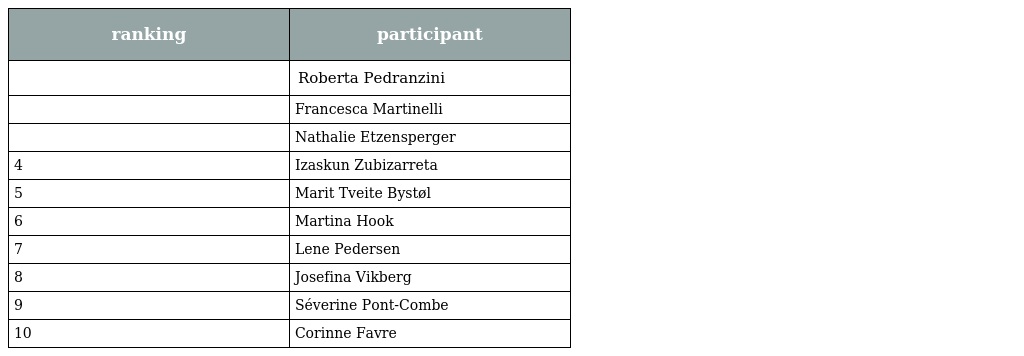
| ranking | participant |
 | --- | --- |
 |  | Roberta Pedranzini |
 |  | Francesca Martinelli |
 |  | Nathalie Etzensperger |
 | 4 | Izaskun Zubizarreta |
 | 5 | Marit Tveite Bystøl |
 | 6 | Martina Hook |
 | 7 | Lene Pedersen |
 | 8 | Josefina Vikberg |
 | 9 | Séverine Pont-Combe |
 | 10 | Corinne Favre |